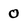
Character: 0